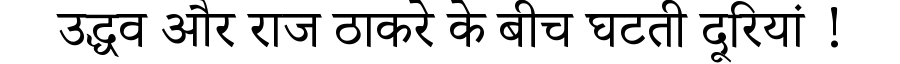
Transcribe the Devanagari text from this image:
उद्धव और राज ठाकरे के बीच घटती दूरियां !